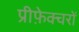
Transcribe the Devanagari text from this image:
प्रीफ़ेक्चरों